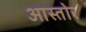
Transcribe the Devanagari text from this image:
आस्तोर